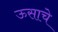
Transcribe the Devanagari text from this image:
ऊसाचे